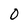
Character: 0